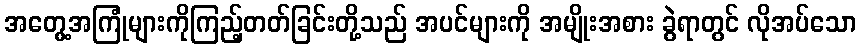
အတွေ့အကြုံများကိုကြည့်တတ်ခြင်းတို့သည် အပင်များကို အမျိုးအစား ခွဲရာတွင် လိုအပ်သော